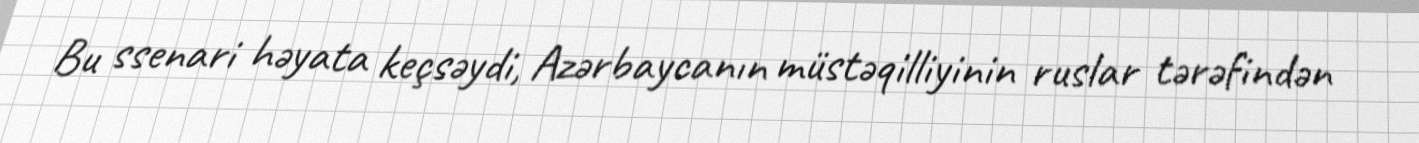
Bu ssenari həyata keçsəydi, Azərbaycanın müstəqilliyinin ruslar tərəfindən